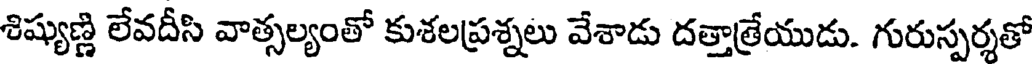
శిష్యుణ్ణి లేవదీసి వాత్సల్యంతో కుశలప్రశ్నలు వేశాడు దత్తాత్రేయుడు. గురుస్పర్శతో